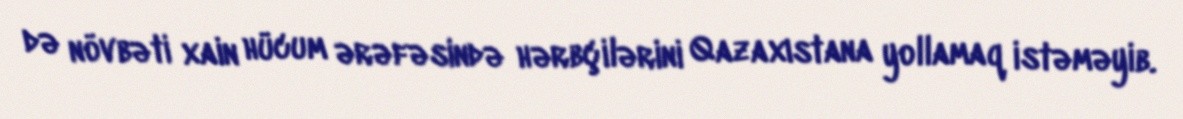
də növbəti xain hücum ərəfəsində hərbçilərini Qazaxıstana yollamaq istəməyib.